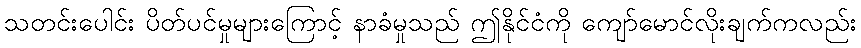
သတင်းပေါင်း ပိတ်ပင်မှုများကြောင့် နာခံမှုသည် ဤနိုင်ငံကို ကျော်မောင်လိုးချက်ကလည်း